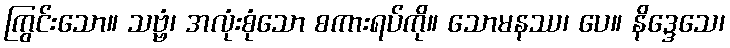
ကြွင်းသော။ သဗ္ဗံ၊ အလုံးစုံသော စကားရပ်ကို။ သောမနဿ၊ ပေ။ နိဒ္ဒေသေ၊